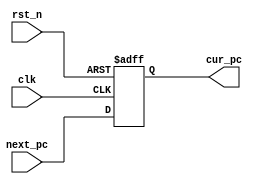
`timescale 1ns / 1ps
//////////////////////////////////////////////////////////////////////////////////
// Company: 
// Engineer: 
// 
// Design Name: 
// Module Name: pc
// Project Name: 
// Target Devices: 
// Tool Versions: 
// Description: 
// 
// Dependencies: 
// 
// Revision:
// Revision 0.01 - File Created
// Additional Comments:
// 
//////////////////////////////////////////////////////////////////////////////////


module pc(
    input              clk,
    input              rst_n,
    input [31:0]       next_pc,
    
    output reg [31:0]  cur_pc
);

always @ (posedge clk or negedge rst_n) begin
    if(~rst_n) begin
        cur_pc <= 32'b0;
    end
    else begin
        cur_pc <= next_pc;
    end
end
endmodule